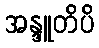
အန္ဒူတိပိ